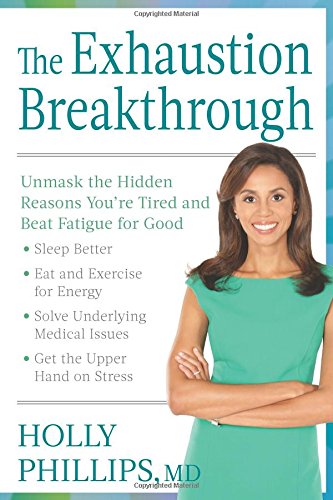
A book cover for The Exhaustion Breakthrough: Unmask the Hidden Reasons You're Tired and Beat Fatigue for Good; Holly Phillips; Health, Fitness & Dieting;